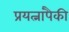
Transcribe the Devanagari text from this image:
प्रयत्नांपैकी